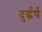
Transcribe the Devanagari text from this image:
दुर्द्धर्ष